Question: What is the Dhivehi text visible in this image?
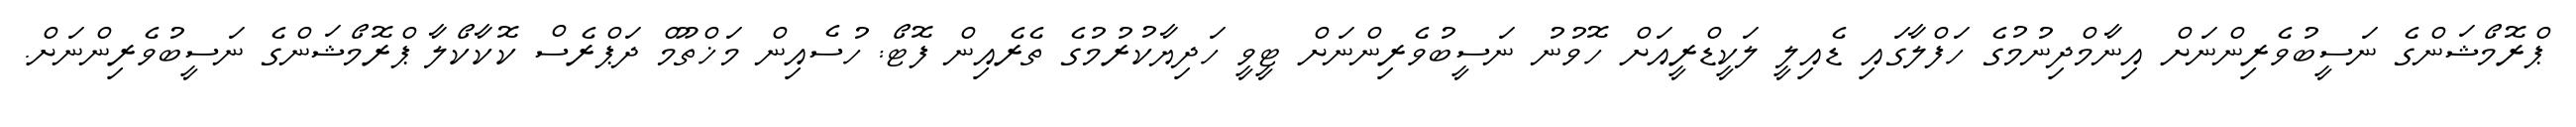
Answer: ޕްރޮމޯޝަންގެ ނަސީބުވެރިންނަށް އިނާމްދިނުމުގެ ހަފްލާގައި ޑެއިލީ ލަކީޑްރީއަށް ހޮވުނު ނަސީބުވެރިންނަށް ޓީވީ ހަދިޔާކުރުމުގެ ތެރެއިން ފޮޓޯ: ހުސެއިން މަޚްތޫމް ދަޕްރެސް ކޮކާކޯލާ ޕްރޮމޯޝަންގެ ނަސީބުވެރިންނަށް.